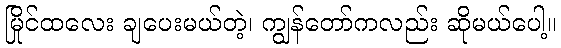
မြိုင်ထလေး ချပေးမယ်တဲ့၊ ကျွန်တော်ကလည်း ဆိုမယ်ပေါ့။